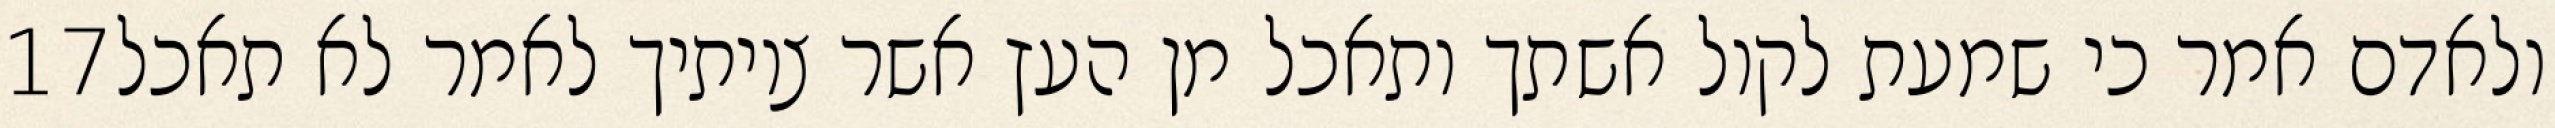
‎17‏ ולאדם אמר כי שמעת לקול אשתך ותאכל מן העץ אשר צויתיך לאמר לא תאכל